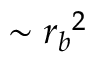
\sim { { r _ { b } } ^ { 2 } }